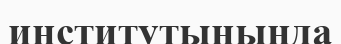
институтынында